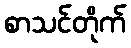
စာသင်တိုက်